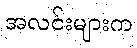
အလင်းများက